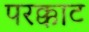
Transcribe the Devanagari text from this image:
परक्काट